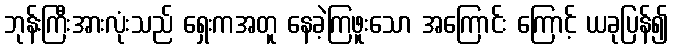
ဘုန်းကြီးအားလုံးသည် ရှေးကအတူ နေခဲ့ကြဖူးသော အကြောင်း ကြောင့် ယခုပြန်၍